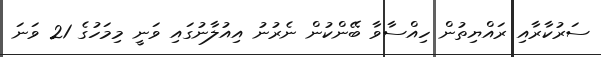
ސަރުކާރާއި ރައްޔިތުން ހިއްސާވާ ބޭންކުން ނެރުނު އިއުލާނުގައި ވަނީ މިމަހުގެ 21 ވަނަ